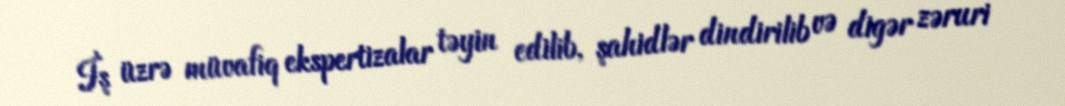
İş üzrə müvafiq ekspertizalar təyin edilib, şahidlər dindirilib və digər zəruri